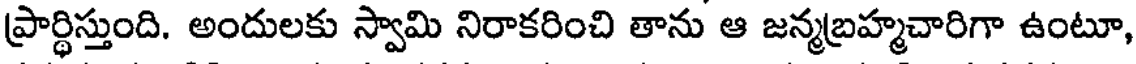
ప్రార్థిస్తుంది. అందులకు స్వామి నిరాకరించి తాను ఆ జన్మబ్రహ్మచారిగా ఉంటూ,